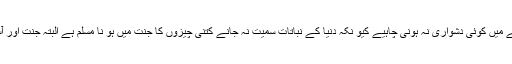
” مو لانا موصوف کے خیال میں آسمانوں کے اوپر درخت اور بیری کے درخت کو تسلیم کرنے میں کوئی دشواری نہ ہونی چاہیے کیو نکہ دنیا کے نباتات سمیت نہ جانے کتنی چیزوں کا جنت میں ہو نا مسلم ہے البتہ جنت اور آسمان کی ہر نعمت دنیا کی نعمتوں سے مشابہ تو ہو گی لیکن پھر بھی بہت کچھ مختلف ہو گی ۔